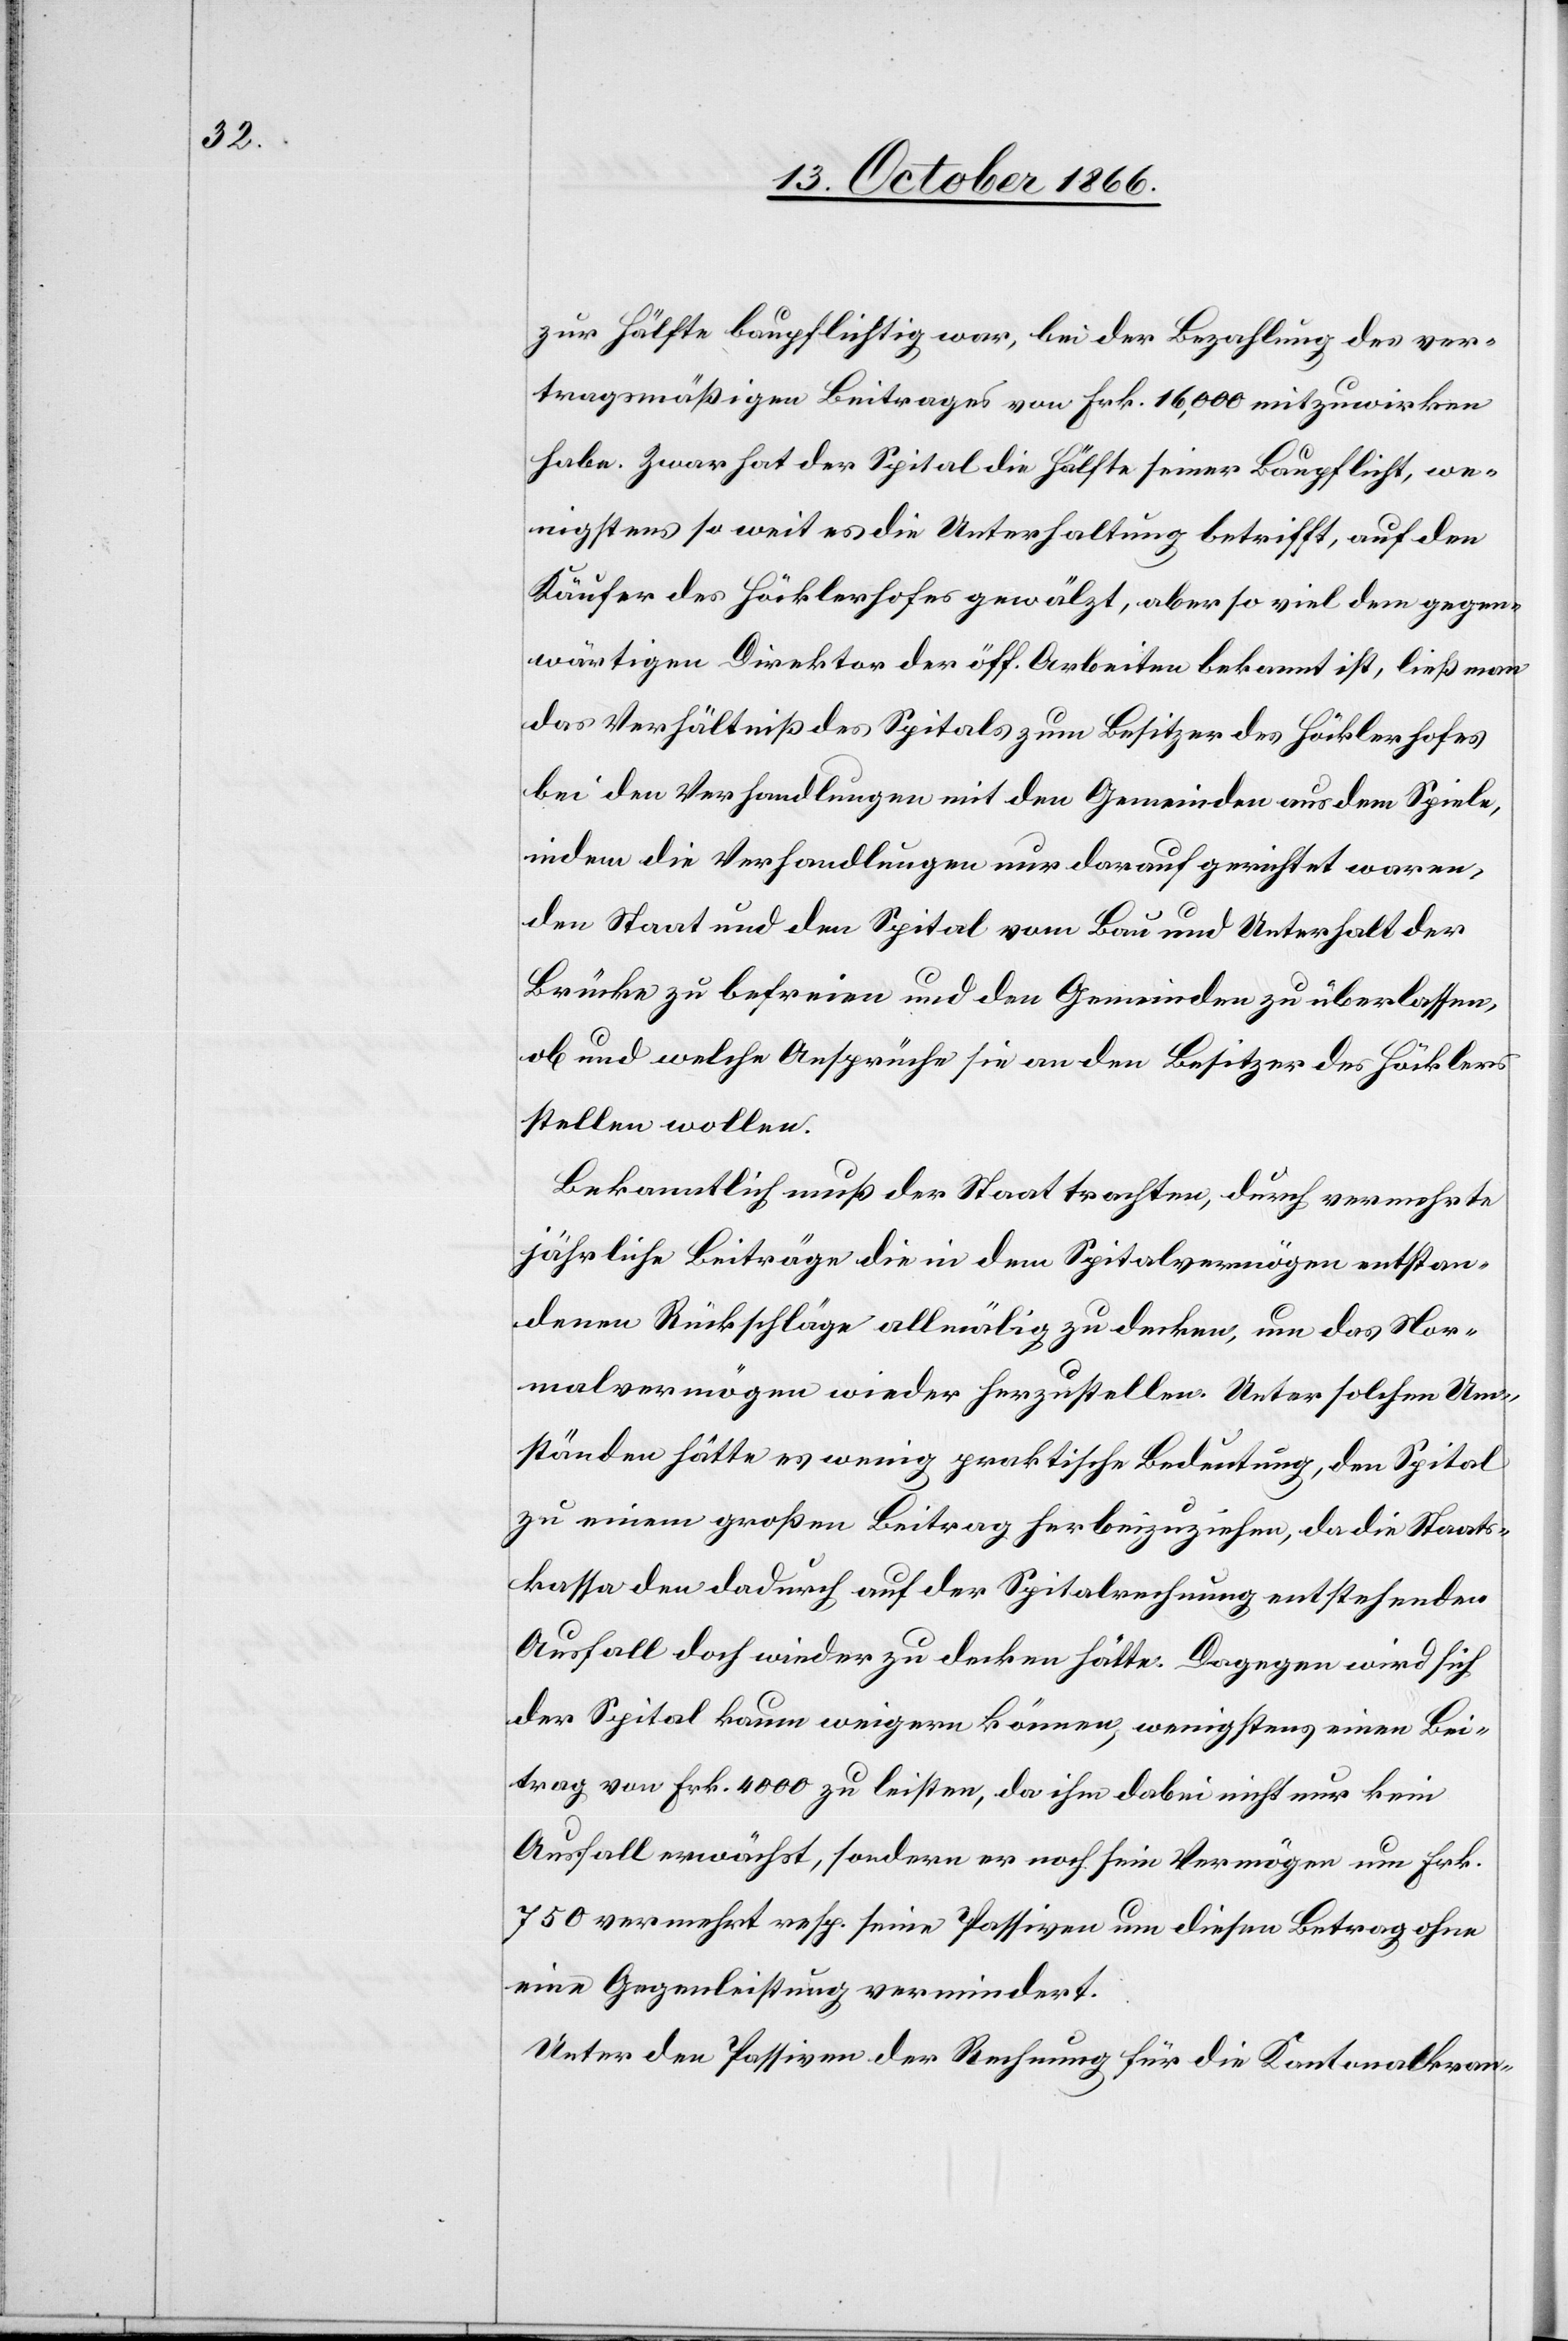
zur Hälfte baupflichtig war, bei der Bezahlung des ver¬
tragsmäßigen Beitrages von Frk. 16 000 mitzuwirken
habe. Zwar hat der Spital die Hälfte seiner Baupflicht, we¬
nigstens so weit es die Unterhaltung betrifft, auf den
Käufer des Höcklerhofes gewälzt, aber so viel dem gegen¬
wärtigen Direktor der öff. Arbeiten bekannt ist, ließ man
das Verhältniß des Spitals zum Besitzer des Höcklerhofes
bei den Verhandlungen mit den Gemeinden aus dem Spiele,
indem die Verhandlungen nur darauf gerichtet waren,
den Staat und den Spital vom Bau und Unterhalt der
Brücke zu befreien und den Gemeinden zu überlassen,
ob und welche Ansprüche sie an den Besitzer des Höcklers
stellen wollen.
Bekanntlich muß der Staat trachten, durch vermehrte
jährliche Beiträge die in dem Spitalvermögen entstan¬
denen Rückschläge allmälig zu decken, um das Nor¬
malvermögen wieder herzustellen. Unter solchen Um¬
ständen hätte es wenig praktische Bedeutung, den Spital
zu einem großen Beitrag herbeizuziehen, da die Staats¬
kasse den dadurch auf der Spitalrechnung entstehenden
Ausfall doch wieder zu decken hätte. Dagegen wird sich
der Spital kaum weigern können, wenigstens einen Bei¬
trag von Frk. 4000 zu leisten, da ihm dabei nicht nur kein
Ausfall erwächst, sondern er noch sein Vermögen um Frk.
750 vermehrt resp. seine Passiven um diesen Betrag ohne
eine Gegenleistung vermindert.
Unter den Passiven der Rechnung für die Kantonalkran-